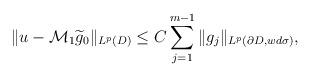
LaTeX: \begin{align*}\|u-\mathcal{M}_{1}\widetilde{g}_{0}\|_{L^{p}(D)}\leq C\sum_{j=1}^{m-1}\|g_{j}\|_{L^{p}(\partial D, wd\sigma)},\end{align*}